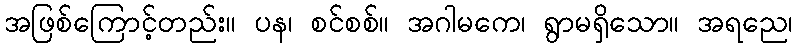
အဖြစ်ကြောင့်တည်း။ ပန၊ စင်စစ်။ အဂါမကေ၊ ရွာမရှိသော။ အရညေ၊